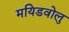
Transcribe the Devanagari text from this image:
मयिडवोलु